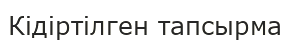
Кідіртілген тапсырма